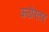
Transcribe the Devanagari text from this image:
कठोरतर